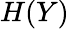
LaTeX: H(Y)